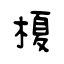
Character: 榎